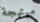
مبتهجة